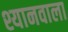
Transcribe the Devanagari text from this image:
श्यानवाला